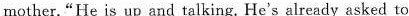
mother."He is up and talking. He's already asked to